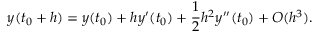
y ( t _ { 0 } + h ) = y ( t _ { 0 } ) + h y ^ { \prime } ( t _ { 0 } ) + { \frac { 1 } { 2 } } h ^ { 2 } y ^ { \prime \prime } ( t _ { 0 } ) + O ( h ^ { 3 } ) .